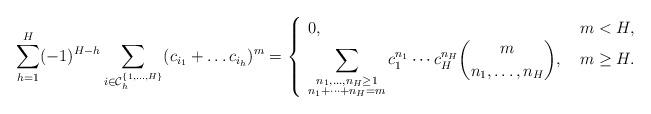
LaTeX: \begin{align*}\sum_{h=1}^H (-1)^{H-h} \sum_{i\in \mathcal{C}_h^{\{1, \dots, H\}}} (c_{i_1}+\dots c_{i_h})^m =\begin{cases}\begin{array}{l l} 0, &\ m<H,\\\displaystyle \sum_{\substack{n_1,\dots,n_H\ge1\\n_1+\dots+n_H=m}} c_1^{n_1}\cdots c_H^{n_H}\binom{m}{n_1,\dots,n_H}, &\ m \ge H.\end{array}\end{cases}\end{align*}